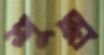
শুদ্ধা